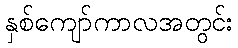
နှစ်ကျော်ကာလအတွင်း